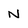
Character: N